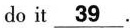
do it \underline{39}.